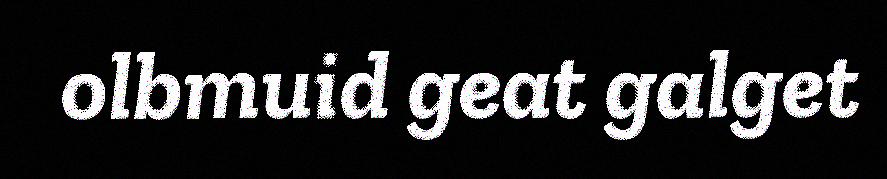
olbmuid geat galget